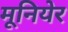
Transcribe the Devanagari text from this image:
मूनियेर